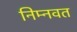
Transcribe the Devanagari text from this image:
निम्‍नवत